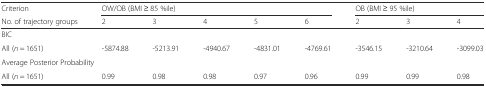
| Criterion | <COLSPAN=5> OW/OB (BMI ≥ 85 %ile) | <COLSPAN=3> OB (BMI ≥ 95 %ile) |
 | No. of trajectory groups | 2 | 3 | 4 | 5 | 6 | 2 | 3 | 4 |
 | --- | --- | --- | --- | --- | --- | --- | --- | --- |
 | <COLSPAN=9> BIC |
 | All (n = 1651) | -5874.88 | -5213.91 | -4940.67 | -4831.01 | -4769.61 | -3546.15 | -3210.64 | -3099.03 |
 | <COLSPAN=9> Average Posterior Probability |
 | All (n = 1651) | 0.99 | 0.98 | 0.98 | 0.97 | 0.96 | 0.99 | 0.99 | 0.98 |